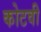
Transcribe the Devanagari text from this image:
कोटवी